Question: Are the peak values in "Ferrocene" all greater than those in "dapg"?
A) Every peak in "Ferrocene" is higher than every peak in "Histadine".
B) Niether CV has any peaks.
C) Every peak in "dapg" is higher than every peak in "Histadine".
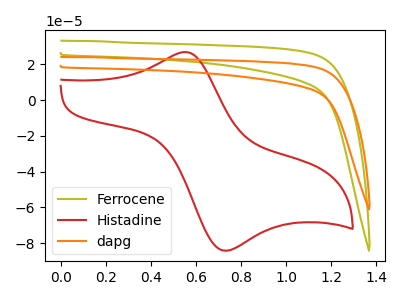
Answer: <think>The olive curve "Ferrocene" has no peaks. The red curve "Histadine" has an anodic peak at (0.55V, 26.80uA) and a cathodic peak at (0.70V, -84.15uA). The orange curve "dapg" has no peaks.</think>
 <answer>B) Niether CV has any peaks.</answer>
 <eval>B</eval>